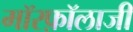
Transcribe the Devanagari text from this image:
मॉरफ़ॉलाजी